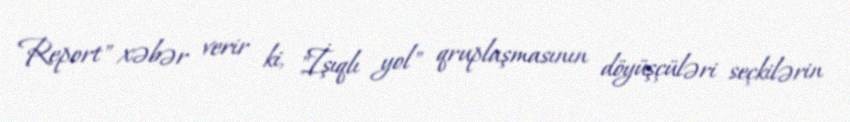
Report" xəbər verir ki, "İşıqlı yol" qruplaşmasının döyüşçüləri seçkilərin